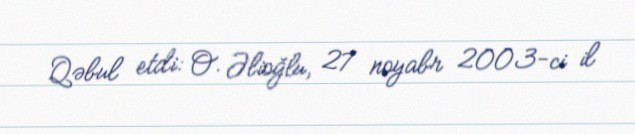
Qəbul etdi: O. Əlioğlu, 27 noyabr 2003-ci il